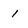
Character: I